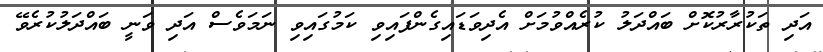
އަދި ތަކުރާރުކޮށް ބައްދަލު ކުރެއްވުމަށް އެދިވަޑައިގެންފައިވި ކަމުގައިވި ނަމަވެސް އަދި ވަނީ ބައްދަލުކުރެވޭ